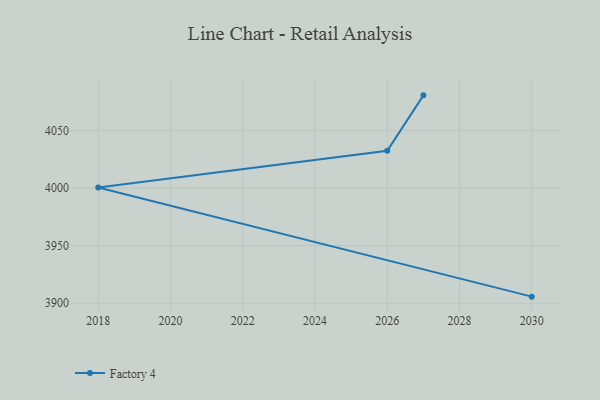
{"axis": {"x": "Year", "y": "Market Share (%)"}, "legend": ["Factory 4"], "data": [{"x": "2027", "y": 4080.6, "type": "Factory 4"}, {"x": "2026", "y": 4032.4, "type": "Factory 4"}, {"x": "2018", "y": 4000.5, "type": "Factory 4"}, {"x": "2030", "y": 3905.7, "type": "Factory 4"}]}